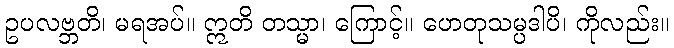
ဥပလဗ္ဘတိ၊ မရအပ်။ ဣတိ တသ္မာ၊ ကြောင့်။ ဟေတုသမ္ပဒါပိ၊ ကိုလည်း။